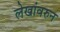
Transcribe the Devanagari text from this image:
लेखांवरुन